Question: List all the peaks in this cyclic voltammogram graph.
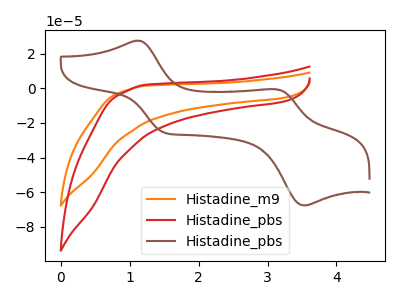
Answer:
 <answer>The orange curve "Histadine_m9" has no peaks. The red curve "Histadine_pbs" has no peaks. The brown curve "Histadine_pbs" has anodic peaks at (1.10V, 27.45uA) (3.15V, -0.55uA) and cathodic peaks at (1.50V, -25.55uA) (3.55V, -67.55uA).</answer>
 <eval></eval>